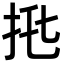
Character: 𢫅